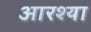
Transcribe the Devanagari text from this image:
आरश्या